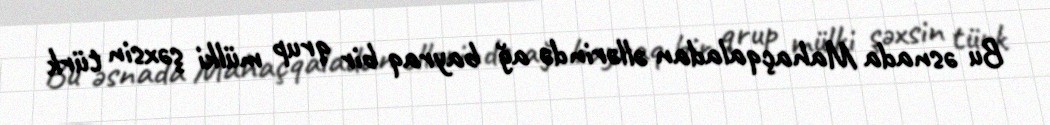
Bu əsnada Mahaçqaladan əllərində ağ bayraq bir qrup mülki şəxsin türk